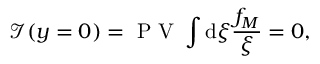
\mathcal { I } ( y = 0 ) = \mathrm { ~ P ~ V ~ } \int \mathrm { d } \xi \frac { f _ { M } } { \xi } = 0 ,